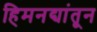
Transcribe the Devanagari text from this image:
हिमनद्यांतून